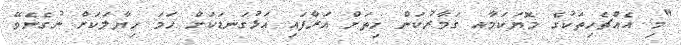
"މި އެއްޗެހިތަކުގެ މޮޔަކަމާއ ގަމާރުކަން ހިތަށް އަރާފައި އަޅުގަނޑަކަށް ހަމަ ހިޔާލަކަށް ނުގެނެވޭ